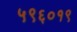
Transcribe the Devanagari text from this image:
५९६०१९